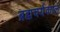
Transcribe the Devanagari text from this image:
ब्रह्मचर्यकाल